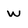
Character: w